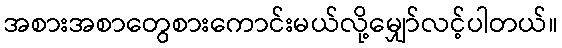
အစားအစာတွေစားကောင်းမယ်လို့မျှော်လင့်ပါတယ်။